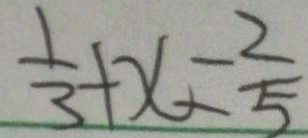
\frac { 1 } { 3 } + x - \frac { 2 } { 5 }